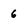
Character: 6